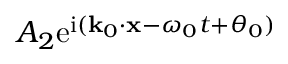
A _ { 2 } \mathrm { e } ^ { \mathrm { i } ( \mathbf { k } _ { 0 } \cdot \mathbf { x } - \omega _ { 0 } t + \theta _ { 0 } ) }